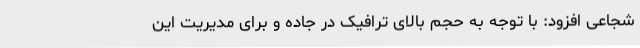
شجاعی افزود: با توجه به حجم بالای ترافیک در جاده و برای مدیریت این